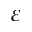
\varepsilon